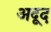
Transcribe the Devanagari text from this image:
अदूद